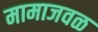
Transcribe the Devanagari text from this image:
मामाजवळ